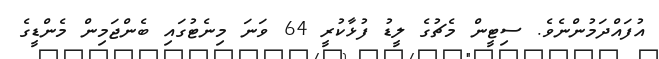
އުފައްދަމުންނެވެ. ސިޓީން މެޗުގެ ލީޑު ފުޅާކުރީ 64 ވަނަ މިނެޓުގައި ބެންޖަމިން މެންޑީގެ